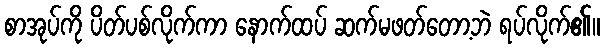
စာအုပ်ကို ပိတ်ပစ်လိုက်ကာ နောက်ထပ် ဆက်မဖတ်တော့ဘဲ ရပ်လိုက်၏။